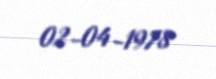
02-04-1978